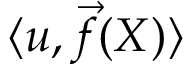
\langle u , { \vec { f } } ( X ) \rangle